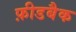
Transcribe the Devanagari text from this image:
फ़ीडबैक